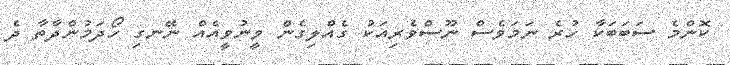
ކޮންމެ ސަބަބަކާ ހުރެ ނަމަވެސް ނޫސްވެރިއަކު ގެއްލިގެން ވީނުވީއެއް ނޭނގި ހޯދަމުންދާތާ ދެ